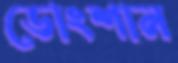
ডোংশান